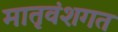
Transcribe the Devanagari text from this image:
मातृवंशगत